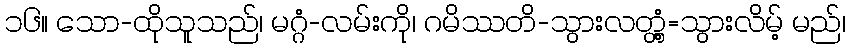
၁၆။ သော-ထိုသူသည်၊ မဂ္ဂံ-လမ်းကို၊ ဂမိဿတိ-သွားလတ္တံ့=သွားလိမ့် မည်၊